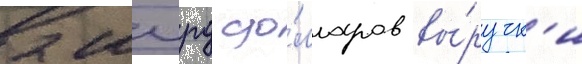
2 млрд до́лларов вы́ручк'и